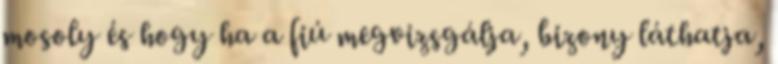
mosoly és hogy ha a fiú megvizsgálja, bizony láthatja,